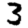
Digit: 3